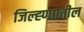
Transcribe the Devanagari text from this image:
जिल्ह्णाातील